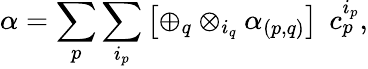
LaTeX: \alpha=\sum_{p}\sum_{i_{p}}\left[\oplus_{q}\otimes_{i_{q}}\alpha_{(p,q)}\right]\; \, c_{p}^{i_{p}},